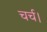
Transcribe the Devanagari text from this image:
चर्च।